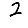
Digit: 2